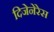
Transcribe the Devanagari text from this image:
दिजेनेरेस